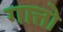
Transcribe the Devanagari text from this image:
गात्तो